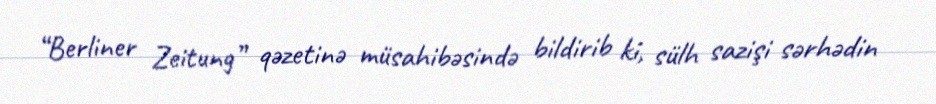
“Berliner Zeitung” qəzetinə müsahibəsində bildirib ki, sülh sazişi sərhədin